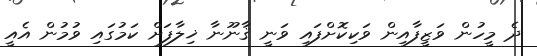
ދެ މީހުން ވަޒީފާއިން ވަކިކޮށްފައި ވަނީ ޤާނޫނާ ޚިލާފަށް ކަމުގައި ވުމުން އެއީ